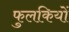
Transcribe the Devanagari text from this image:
फुलकियों